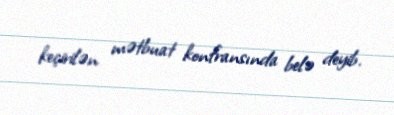
keçirilən mətbuat konfransında belə deyib.